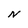
Character: N